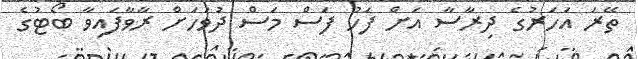
ތޭރަ އަހަރުގެ ދިރާސާ އަށް ފަހު ފަސް މަސް ދުވަހަށް ރާވާފައިވާ ބޯޓުގެ